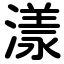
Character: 漾